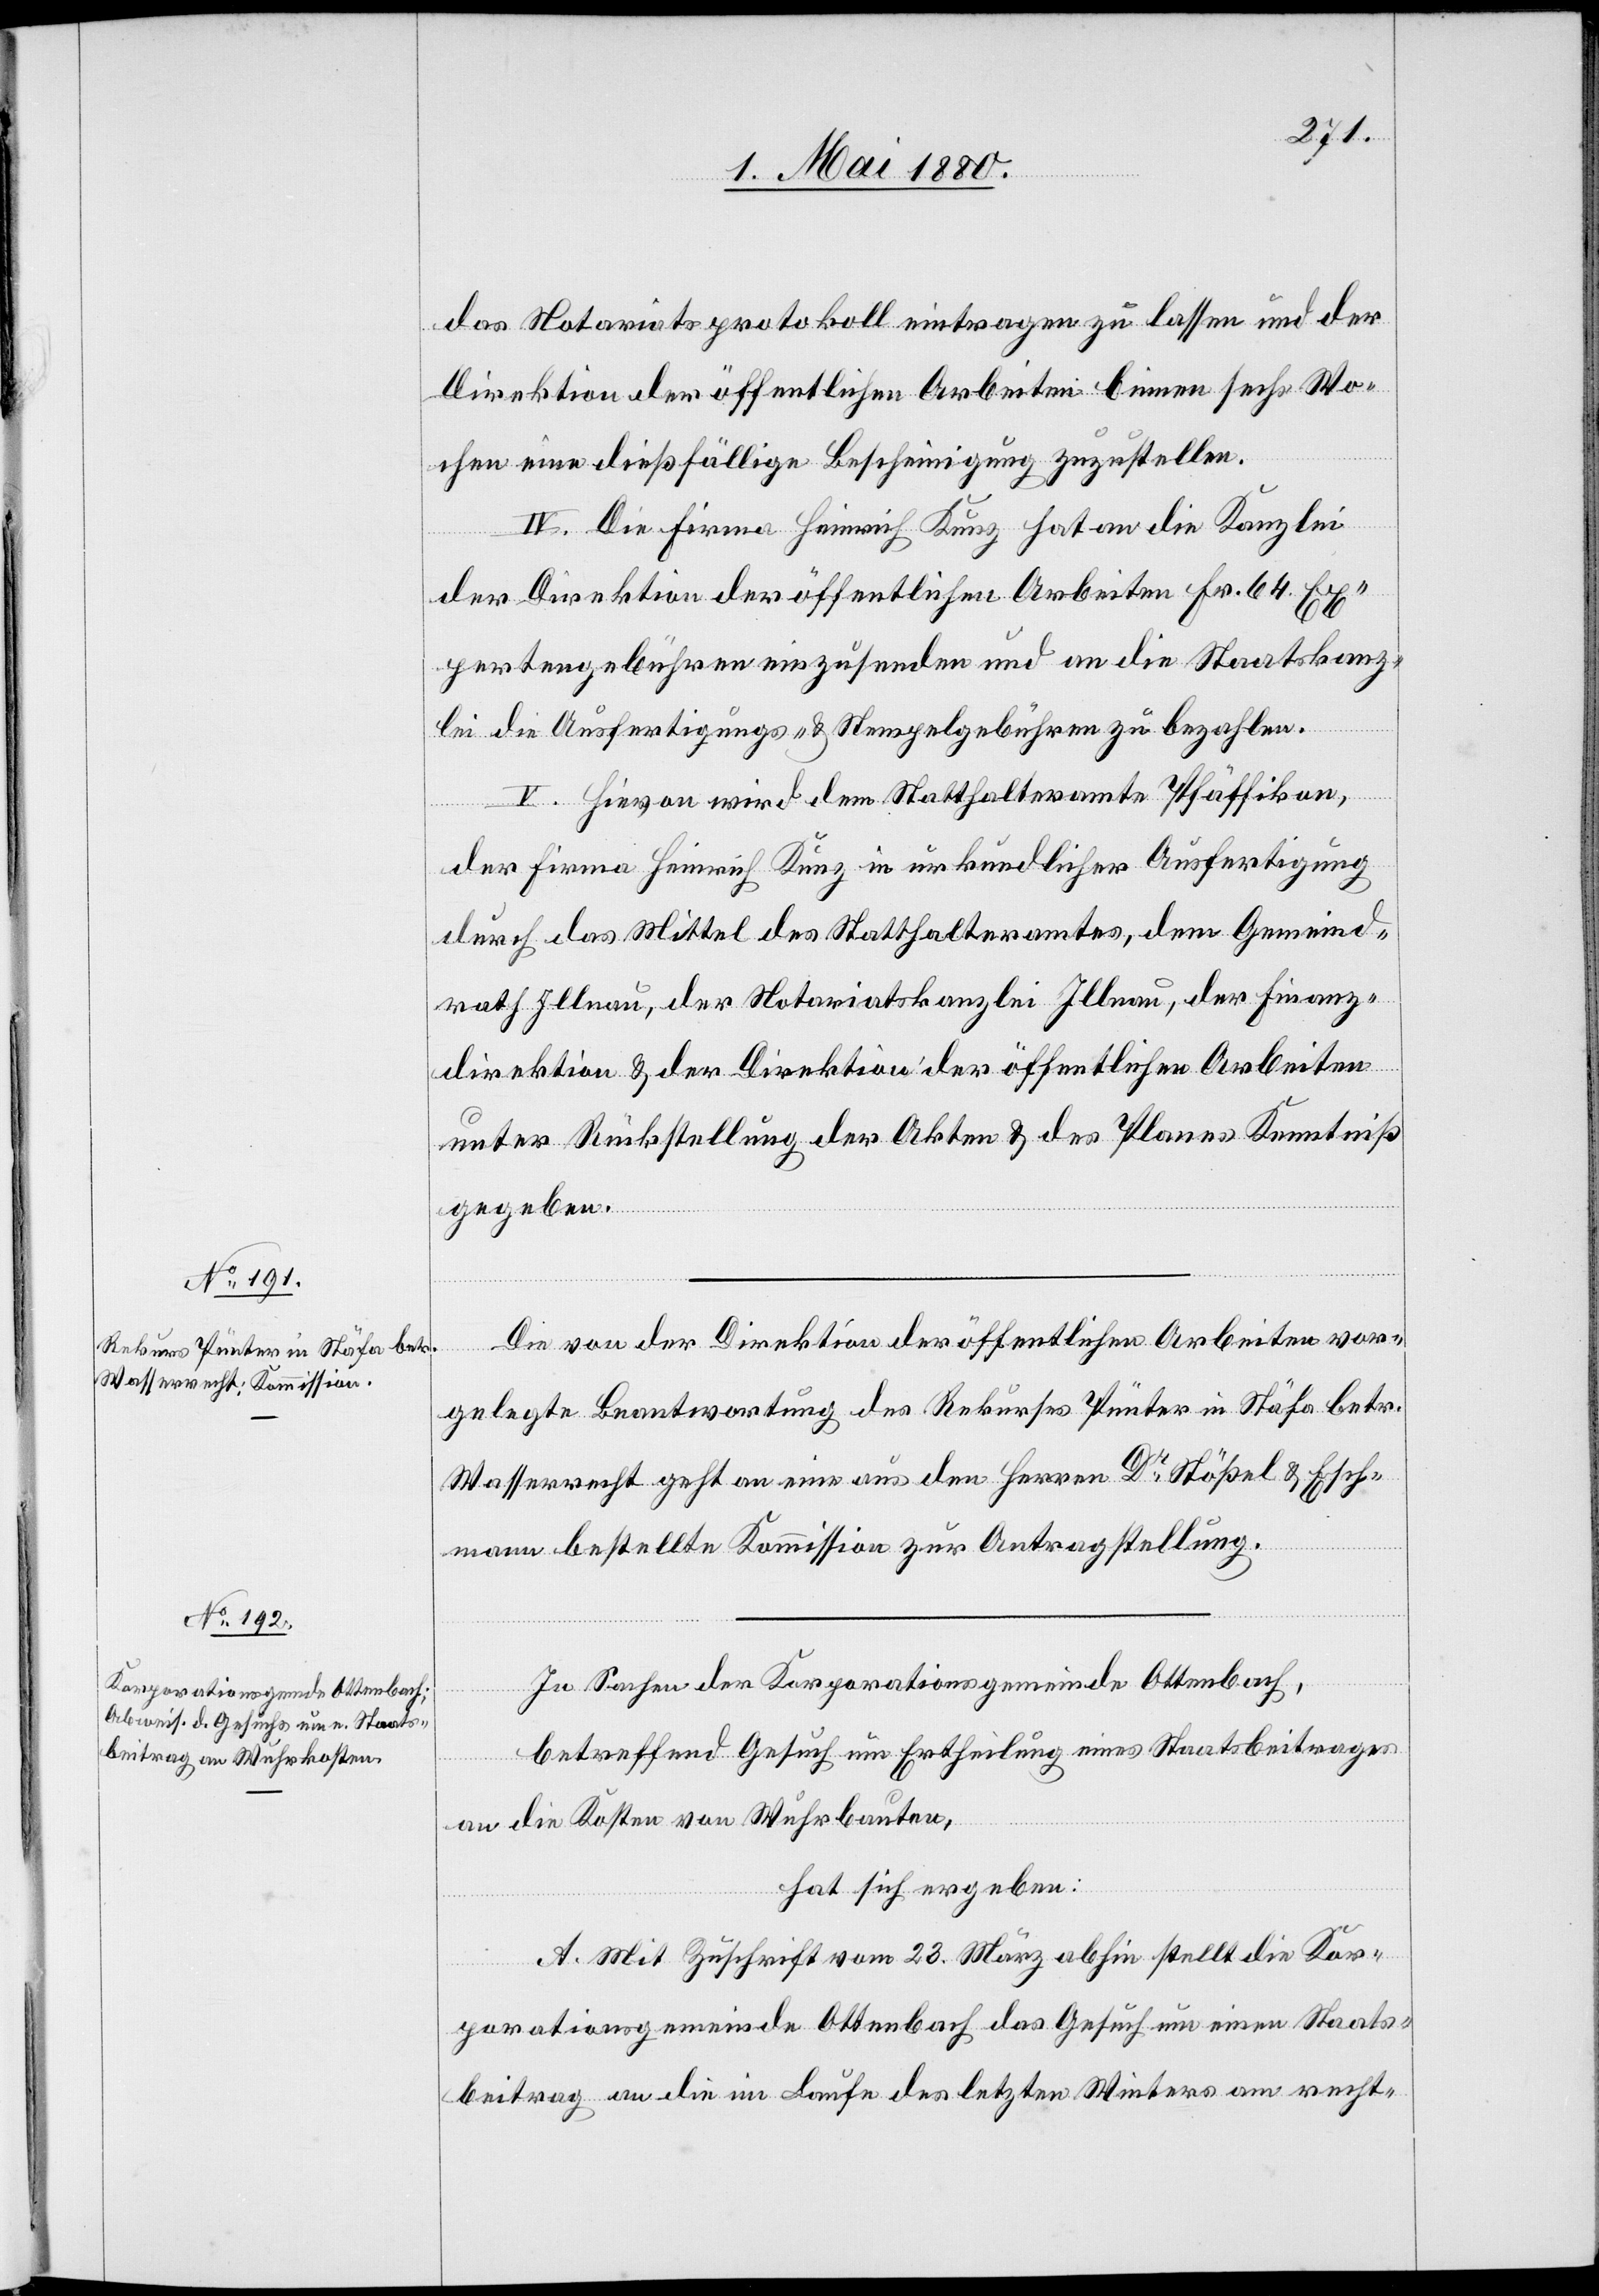
das Notariatsprotokoll eintragen zu lassen und der
Direktion der öffentlichen Arbeiten binnen sechs Wo¬
chen eine dießfällige Bescheinigung zuzustellen.
IV. Die Firma Heinrich Kunz hat an die Kanzlei
der Direktion der öffentlichen Arbeiten Fr. 64 Ex¬
pertengebühren einzusenden und an die Staatskanz¬
lei die Ausfertigungs- & Stempelgebühren zu bezahlen.
V. Hievon wird dem Statthalteramte Pfäffikon,
der Firma Heinrich Kunz in urkundlicher Ausfertigung
durch das Mittel des Statthalteramtes, dem Gemeind¬
rath Illnau, der Notariatskanzlei Illnau, der Finanz¬
direktion & der Direktion der öffentlichen Arbeiten
unter Rückstellung der Akten & des Planes Kenntniß
gegeben.
Die von der Direktion der öffentlichen Arbeiten vor¬
gelegte Beantwortung des Rekurses Pünter in Stäfa betr.
Wasserrecht geht an eine aus den Herren Dr Stößel & Esch¬
mann bestellte Kommission zur Antragstellung.
In Sachen der Korporationsgemeinde Ottenbach,
betreffend Gesuch um Ertheilung eines Staatsbeitrages
an die Kosten von Wuhrbauten,
hat sich ergeben:
A. Mit Zuschrift vom 23. März abhin stellt die Kor¬
porationsgemeinde Ottenbach das Gesuch um einen Staats¬
beitrag an die im Laufe des letzten Winters am recht-